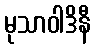
မုသာဝါဒိနီ